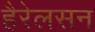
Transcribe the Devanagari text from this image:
हैरेलसन